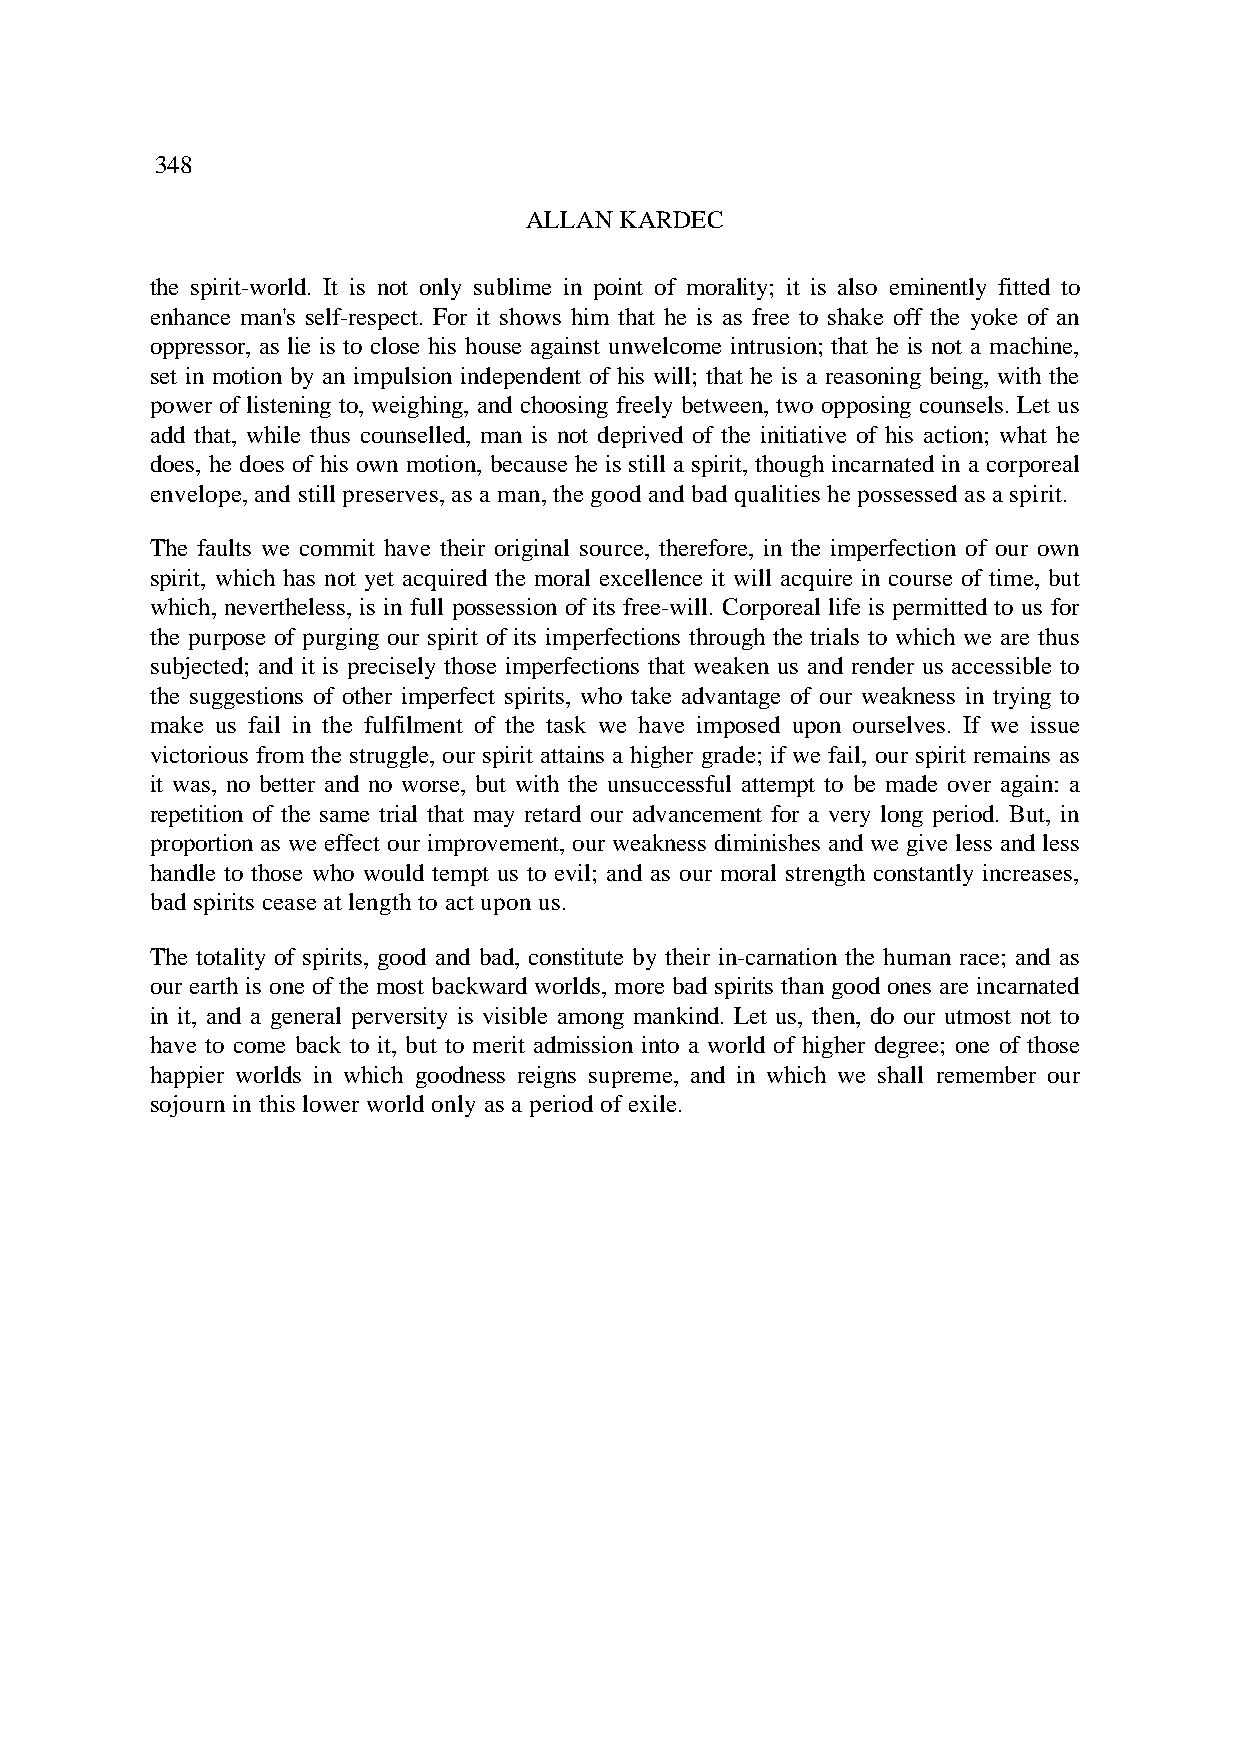
348
 ALLAN KARDEC
 the spirit-world. It is not only sublime in point of morality; it is also eminently fitted to
 enhance man's self-respect. For it shows him that he is as free to shake off the yoke of an
 oppressor, as lie is to close his house against unwelcome intrusion; that he is not a machine,
 set in motion by an impulsion independent of his will; that he is a reasoning being, with the
 power of listening to, weighing, and choosing freely between, two opposing counsels. Let us
 add that, while thus counselled, man is not deprived of the initiative of his action; what he
 does, he does of his own motion, because he is still a spirit, though incarnated in a corporeal
 envelope, and still preserves, as a man, the good and bad qualities he possessed as a spirit.
 The faults we commit have their original source, therefore, in the imperfection of our own
 spirit, which has not yet acquired the moral excellence it will acquire in course of time, but
 which, nevertheless, is in full possession of its free-will. Corporeal life is permitted to us for
 the purpose of purging our spirit of its imperfections through the trials to which we are thus
 subjected; and it is precisely those imperfections that weaken us and render us accessible to
 the suggestions of other imperfect spirits, who take advantage of our weakness in trying to
 make us fail in the fulfilment of the task we have imposed upon ourselves. If we issue
 victorious from the struggle, our spirit attains a higher grade; if we fail, our spirit remains as
 it was, no better and no worse, but with the unsuccessful attempt to be made over again: a
 repetition of the same trial that may retard our advancement for a very long period. But, in
 proportion as we effect our improvement, our weakness diminishes and we give less and less
 handle to those who would tempt us to evil; and as our moral strength constantly increases,
 bad spirits cease at length to act upon us.
 The totality of spirits, good and bad, constitute by their in-carnation the human race; and as
 our earth is one of the most backward worlds, more bad spirits than good ones are incarnated
 in it, and a general perversity is visible among mankind. Let us, then, do our utmost not to
 have to come back to it, but to merit admission into a world of higher degree; one of those
 happier worlds in which goodness reigns supreme, and in which we shall remember our
 sojourn in this lower world only as a period of exile.